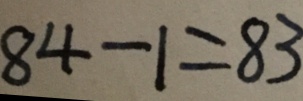
8 4 - 1 = 8 3